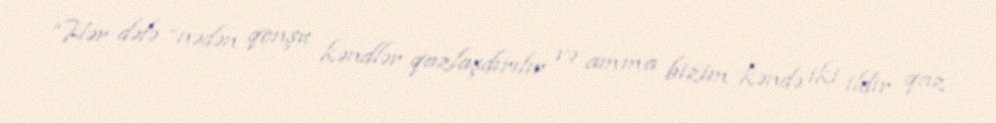
“Hər dəfə “nədən qonşu kəndlər qazlaşdırılır və amma bizim kəndə iki ildir qaz